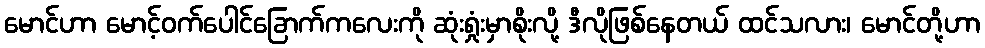
မောင်ဟာ မောင့်ဝက်ပေါင်ခြောက်ကလေးကို ဆုံးရှုံးမှာစိုးလို့ ဒီလိုဖြစ်နေတယ် ထင်သလား၊ မောင်တို့ဟာ